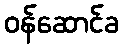
ဝန်ဆောင်ခ